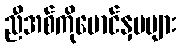
ညီအစ်ကိုမောင်နှမများ